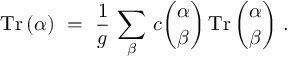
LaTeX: \mathrm { T r } \, ( \alpha ) ~ = ~ { \frac { 1 } { g } } \, \sum _ { \beta } \, c { \binom { \alpha } { \beta } } \, \mathrm { T r } \, { \binom { \alpha } { \beta } } ~ .